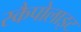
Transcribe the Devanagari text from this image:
स्कैपोलाइट